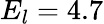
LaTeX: E_{l}=4.7